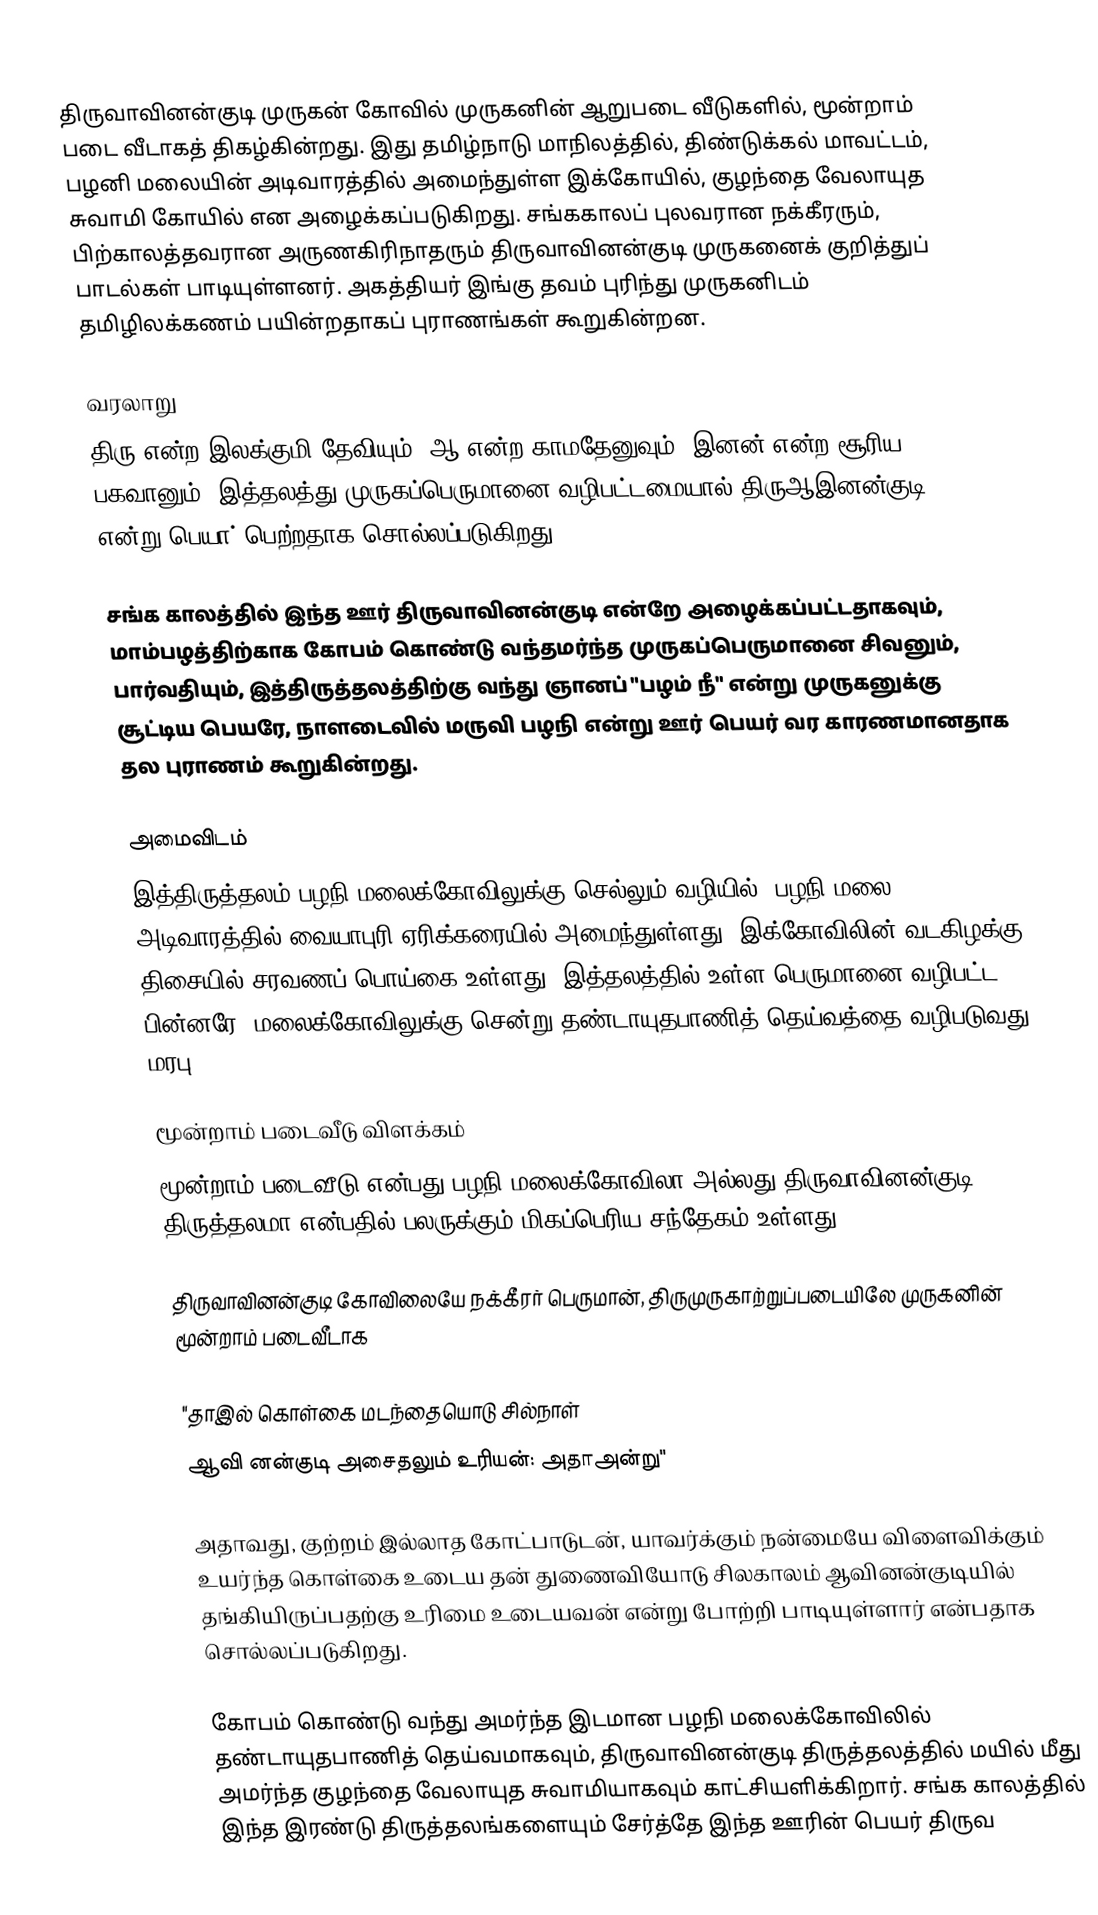
திருவாவினன்குடி முருகன் கோவில் முருகனின் ஆறுபடை வீடுகளில், மூன்றாம் படை வீடாகத் திகழ்கின்றது. இது தமிழ்நாடு மாநிலத்தில், திண்டுக்கல் மாவட்டம், பழனி மலையின் அடிவாரத்தில் அமைந்துள்ள இக்கோயில், குழந்தை வேலாயுத சுவாமி கோயில் என அழைக்கப்படுகிறது. சங்ககாலப் புலவரான நக்கீரரும், பிற்காலத்தவரான அருணகிரிநாதரும் திருவாவினன்குடி முருகனைக் குறித்துப் பாடல்கள் பாடியுள்ளனர். அகத்தியர் இங்கு தவம் புரிந்து முருகனிடம் தமிழிலக்கணம் பயின்றதாகப் புராணங்கள் கூறுகின்றன.

வரலாறு
திரு என்ற இலக்குமி தேவியும், ஆ என்ற காமதேனுவும், இனன் என்ற சூரிய பகவானும், இத்தலத்து முருகப்பெருமானை வழிபட்டமையால் திருஆஇனன்குடி என்று பெயா் பெற்றதாக சொல்லப்படுகிறது.

சங்க காலத்தில் இந்த ஊர் திருவாவினன்குடி என்றே அழைக்கப்பட்டதாகவும், மாம்பழத்திற்காக கோபம் கொண்டு வந்தமர்ந்த முருகப்பெருமானை சிவனும், பார்வதியும், இத்திருத்தலத்திற்கு வந்து ஞானப் "பழம் நீ" என்று முருகனுக்கு சூட்டிய பெயரே, நாளடைவில் மருவி பழநி என்று ஊர் பெயர் வர காரணமானதாக தல புராணம் கூறுகின்றது.

அமைவிடம்
இத்திருத்தலம் பழநி மலைக்கோவிலுக்கு செல்லும் வழியில், பழநி மலை அடிவாரத்தில் வையாபுரி ஏரிக்கரையில் அமைந்துள்ளது. இக்கோவிலின் வடகிழக்கு திசையில் சரவணப் பொய்கை உள்ளது. இத்தலத்தில் உள்ள பெருமானை வழிபட்ட பின்னரே, மலைக்கோவிலுக்கு சென்று தண்டாயுதபாணித் தெய்வத்தை வழிபடுவது மரபு.

மூன்றாம் படைவீடு விளக்கம்
மூன்றாம் படைவீடு என்பது பழநி மலைக்கோவிலா அல்லது திருவாவினன்குடி திருத்தலமா என்பதில் பலருக்கும் மிகப்பெரிய சந்தேகம் உள்ளது.

திருவாவினன்குடி கோவிலையே நக்கீரர் பெருமான், திருமுருகாற்றுப்படையிலே முருகனின் மூன்றாம் படைவீடாக

"தாஇல் கொள்கை மடந்தையொடு சில்நாள்
ஆவி னன்குடி அசைதலும் உரியன்: அதாஅன்று"

அதாவது, குற்றம் இல்லாத கோட்பாடுடன், யாவர்க்கும் நன்மையே விளைவிக்கும் உயர்ந்த கொள்கை உடைய தன் துணைவியோடு சிலகாலம் ஆவினன்குடியில் தங்கியிருப்பதற்கு உரிமை உடையவன் என்று போற்றி பாடியுள்ளார் என்பதாக சொல்லப்படுகிறது.

கோபம் கொண்டு வந்து அமர்ந்த இடமான பழநி மலைக்கோவிலில் தண்டாயுதபாணித் தெய்வமாகவும், திருவாவினன்குடி திருத்தலத்தில் மயில் மீது அமர்ந்த குழந்தை வேலாயுத சுவாமியாகவும் காட்சியளிக்கிறார். சங்க காலத்தில் இந்த இரண்டு திருத்தலங்களையும் சேர்த்தே இந்த ஊரின் பெயர் திருவ